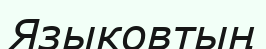
Языковтың